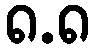
၈.၈